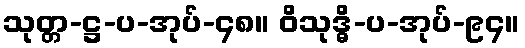
သုတ္တ-ဋ္ဌ-ပ-အုပ်-၄၈။ ဝိသုဒ္ဓိ-ပ-အုပ်-၉၄။